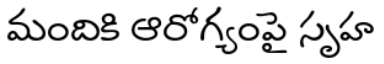
మందికి ఆరోగ్యంపై సృహ